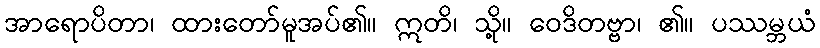
အာရောပိတာ၊ ထားတော်မူအပ်၏။ ဣတိ၊ သို့။ ဝေဒိတဗ္ဗာ၊ ၏။ ပဿမ္ဘယံ